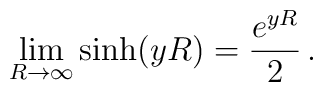
\lim_{R\to \infty} \sinh (y R) =\frac{e^{yR}}{2}\,{.}